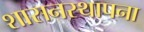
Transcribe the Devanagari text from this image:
शासनस्थापना